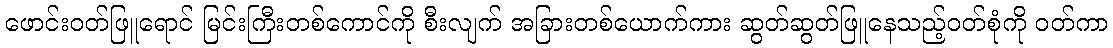
ဖောင်းဝတ်ဖြူရောင် မြင်းကြီးတစ်ကောင်ကို စီးလျက် အခြားတစ်ယောက်ကား ဆွတ်ဆွတ်ဖြူနေသည့်ဝတ်စုံကို ဝတ်ကာ